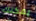
يمكنك